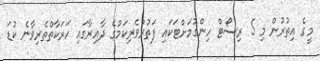
މީގެ އިތުރުން މި 5 ރިސޯޓް ހިންގުމަށްޓަކައި ފަތުރުވެރިކަމުގެ ދާއިރާގައި ހަރަކާތްތެރިވާނެ ކުޑަ